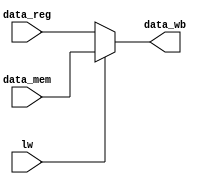
module W(data_mem, data_reg, lw, data_wb);
	input lw;
	input [31:0] data_mem, data_reg;
	
	output [31:0] data_wb;
	
	assign data_wb = lw ? data_mem:data_reg;
	
endmodule